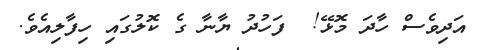
އަދިވެސް ހާދަ މޮޅޭ!  ފަހުދު ޔާނާ ގެ ކޮލުގައި ހިފާލިއެވެ.